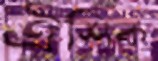
ঐশিক